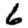
Digit: 6